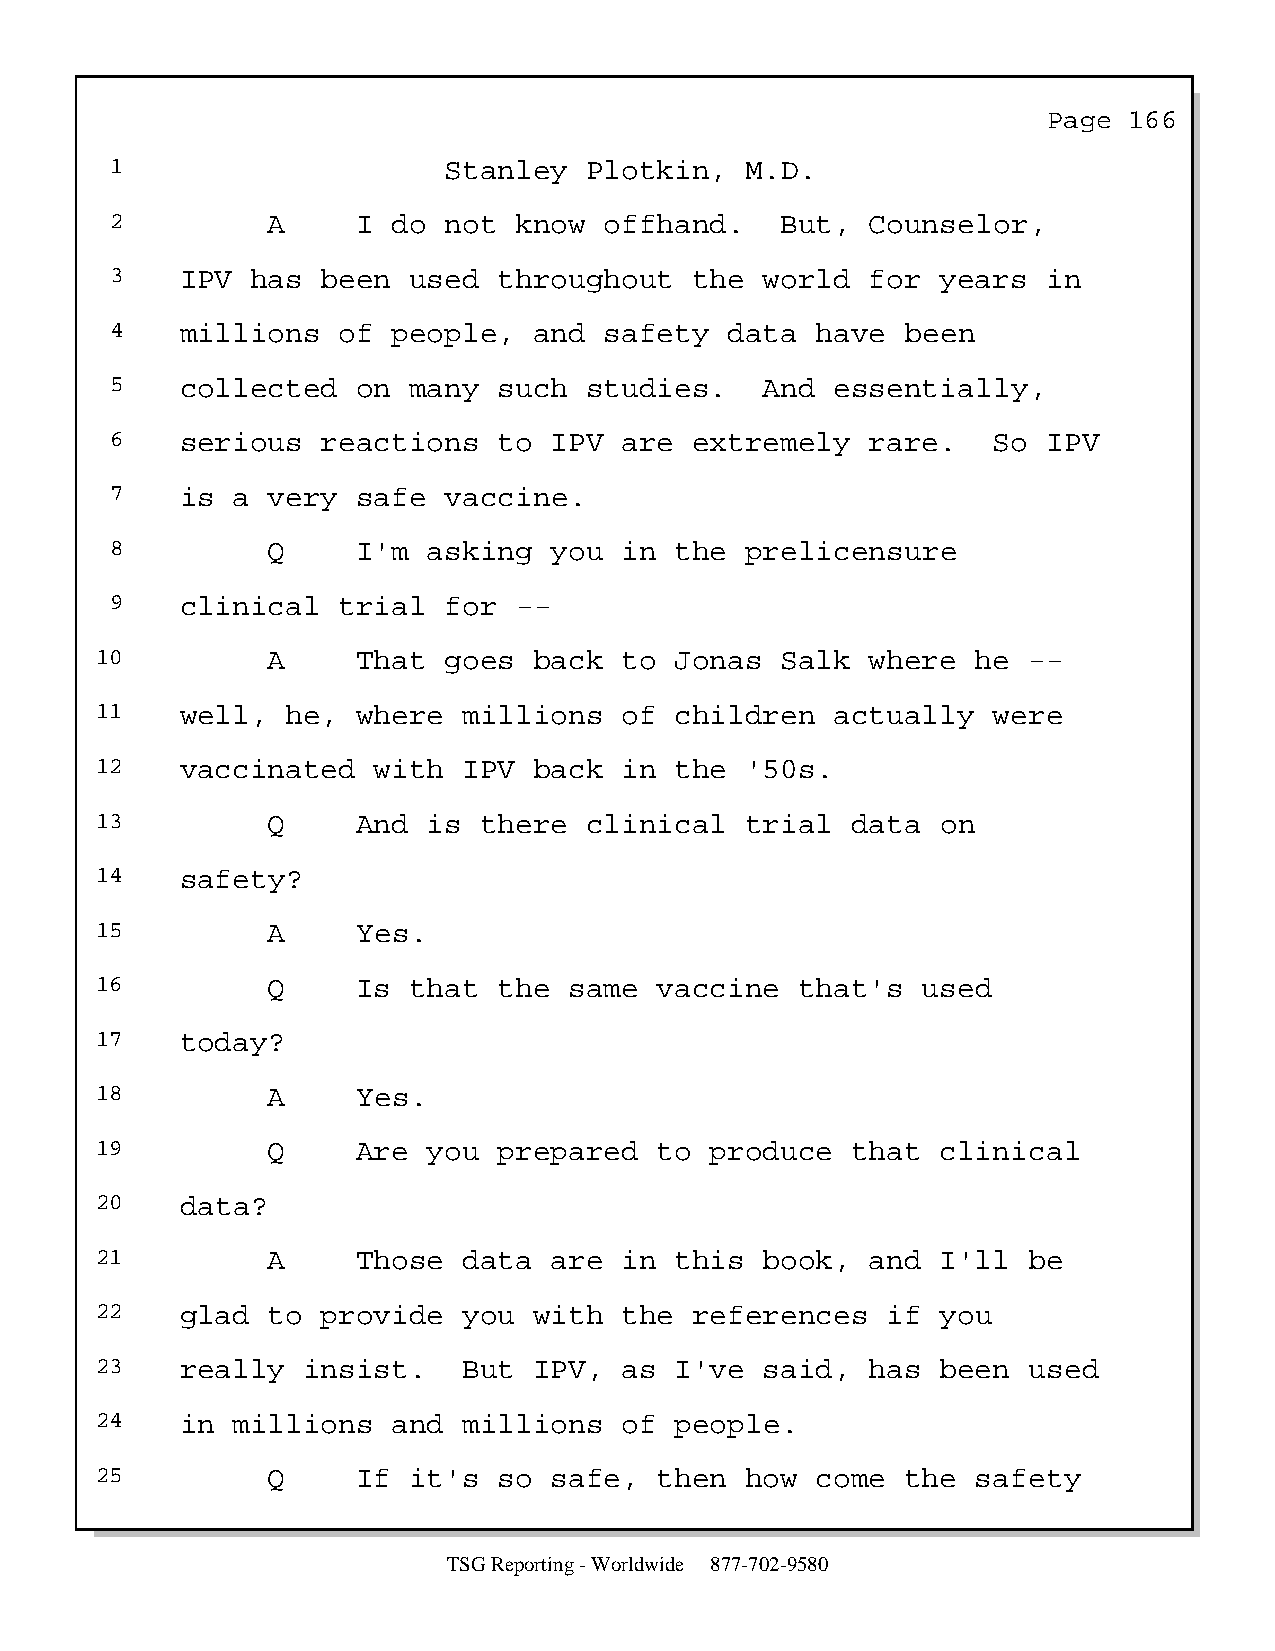
Page  166
 1                     Stanley   Plotkin,  M.D.
 2          A     I do not  know  offhand.    But,  Counselor,
 3    IPV  has been  used  throughout   the  world  for years  in
 4    millions  of  people,  and  safety  data  have  been
 5    collected   on many  such  studies.    And essentially,
 6    serious  reactions   to IPV  are  extremely   rare.   So IPV
 7    is a  very  safe vaccine.
 8          Q     I'm asking  you  in  the prelicensure
 9    clinical  trial  for  --
 10          A     That goes  back  to  Jonas  Salk  where  he --
 11    well,  he,  where  millions  of  children  actually   were
 12    vaccinated   with  IPV back  in  the '50s.
 13          Q     And is  there  clinical  trial  data  on
 14    safety?
 15          A     Yes.
 16          Q     Is that  the  same  vaccine  that's  used
 17    today?
 18          A     Yes.
 19          Q     Are you  prepared   to produce  that  clinical
 20    data?
 21          A     Those  data are  in  this  book,  and I'll  be
 22    glad  to provide   you with  the  references   if you
 23    really  insist.    But IPV,  as  I've  said,  has been  used
 24    in millions   and  millions  of  people.
 25          Q     If it's  so safe,   then how  come  the  safety
 TSG Reporting - Worldwide 877-702-9580